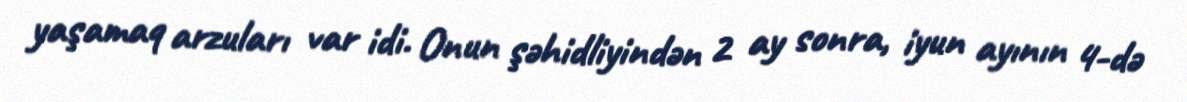
yaşamaq arzuları var idi. Onun şəhidliyindən 2 ay sonra, iyun ayının 4-də